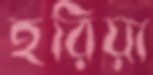
হরিয়া